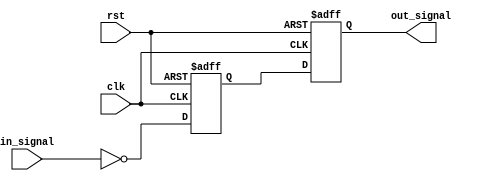
module inverter_delay (
    input wire clk,
    input wire rst,
    input wire in_signal,
    output reg out_signal
);

reg inverted_signal;
reg delayed_signal;

// Inverter logic
assign inverted_signal = ~in_signal;

// Timing control block
always @(posedge clk or posedge rst) begin
    if (rst) begin
        delayed_signal <= 1'b0;
    end else begin
        delayed_signal <= inverted_signal;
    end
end

// Synchronization block
always @(posedge clk or posedge rst) begin
    if (rst) begin
        out_signal <= 1'b0;
    end else begin
        out_signal <= delayed_signal;
    end
end

endmodule